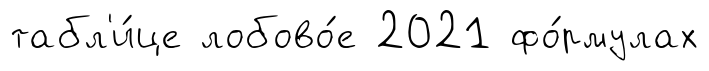
табл'и́це лобово́е 2021 фо́рмулах